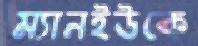
ম্যানইউকে